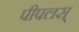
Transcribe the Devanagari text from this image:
पीपलस्